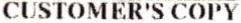
CUSTOMER'S COPY